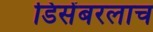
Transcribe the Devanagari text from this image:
डिसेंबरलाच